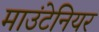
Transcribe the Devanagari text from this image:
माउंटेनियर